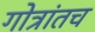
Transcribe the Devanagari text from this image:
गोत्रांतच